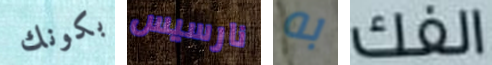
بكونك نارسيس به الفك